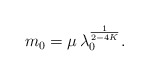
\begin{align*}m_{0}=\mu\, \lambda_{0}^{\frac{1}{2-4K}}.\end{align*}